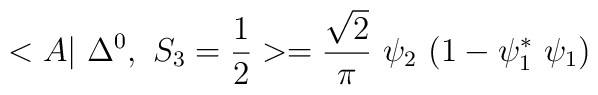
<A|~\Delta^{0},~ S_3=\frac{1}{2} >= \frac{\sqrt{2}}{\pi} ~\psi_2~(1-\psi_1^*~\psi_1)